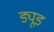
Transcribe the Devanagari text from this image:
ड्यूड